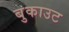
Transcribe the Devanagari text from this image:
बुकाउट